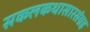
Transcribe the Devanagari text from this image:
सकलकथासारसंग्रह